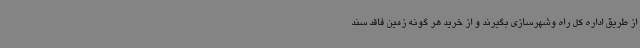
از طریق اداره کل راه وشهرسازی بگیرند و از خرید هر گونه زمین فاقد سند